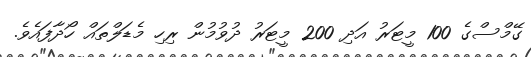
ގޭމްސްގެ 100 މީޓަރު އަދި 200 މީޓަރު ދުވުމުން ރިހި މެޑަލްތައް ހޯދާފައެވެ.